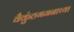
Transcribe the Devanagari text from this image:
वैकुंठगमनाच्या